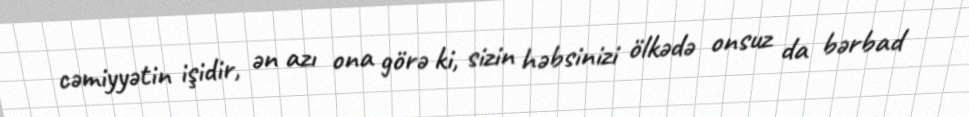
cəmiyyətin işidir, ən azı ona görə ki, sizin həbsinizi ölkədə onsuz da bərbad